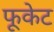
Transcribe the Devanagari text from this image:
फूकेट